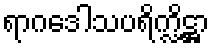
ရာဂဒေါသပရိက္လိဋ္ဌာ